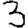
Digit: 3